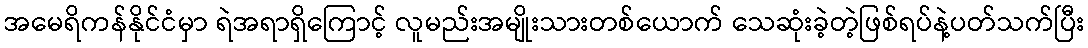
အမေရိကန်နိုင်ငံမှာ ရဲအရာရှိကြောင့် လူမည်းအမျိုးသားတစ်ယောက် သေဆုံးခဲ့တဲ့ဖြစ်ရပ်နဲ့ပတ်သက်ပြီး